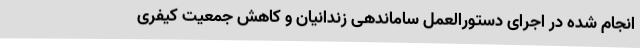
انجام شده در اجرای دستورالعمل ساماندهی زندانیان و کاهش جمعیت کیفری